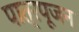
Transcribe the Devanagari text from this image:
पात्रपूजन